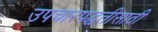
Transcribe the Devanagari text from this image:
उपचारपद्धतीसाठी